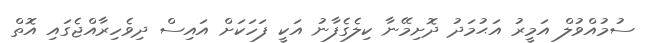
ސުމުއްވުލް އަމީރު އަޙުމަދު ދޮށިމޭނާ ކިލެގެފާނު އަކީ ފަހަކަށް އައިސް ދިވެހިރާއްޖެގައި އޮތް